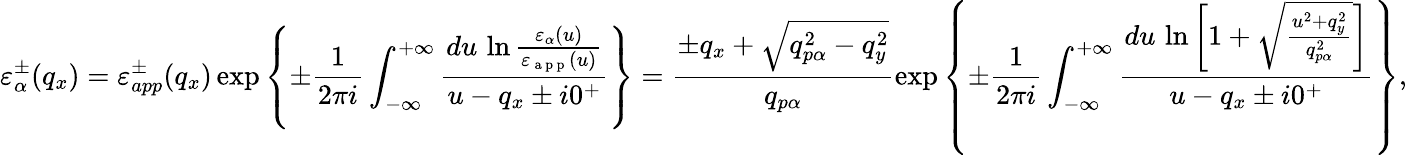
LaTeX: \varepsilon_{\alpha}^{\pm}({{q}_{x}})=\varepsilon_{app}^{\pm}({{q}_{x}})\exp\left\{ \pm\frac{1}{2\pi i}\int_{-\infty}^{+\infty}{\frac{du\, \ln\frac{{{\varepsilon}_{\alpha}}(u)}{{{\varepsilon}_{\mathrm{~a~p~p~}}}(u)}}{u-{{q}_{x}}\pm i{{0}^{+}}}}\right\} =\frac{\pm{{q}_{x}}+\sqrt{q_{p\alpha}^{2}-q_{y}^{2}}}{{{q}_{p\alpha}}}\exp\left\{ \pm\frac{1}{2\pi i}\int_{-\infty}^{+\infty}{\frac{du\, \ln\left[1+\sqrt{\frac{{{u}^{2}}+q_{y}^{2}}{q_{p\alpha}^{2}}}\right]}{u-{{q}_{x}}\pm i{{0}^{+}}}}\right\} ,